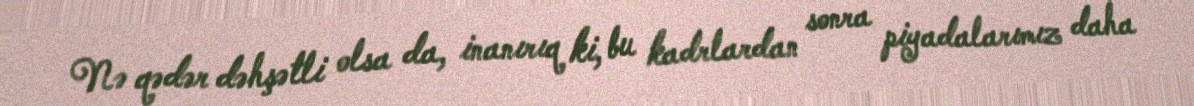
Nə qədər dəhşətli olsa da, inanırıq ki, bu kadrlardan sonra piyadalarımız daha